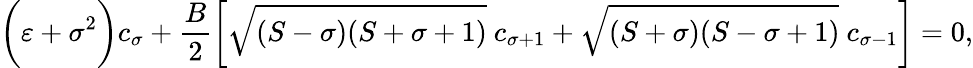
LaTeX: \biggl(\varepsilon+\sigma^{2}\biggr)c_{\sigma}+\frac{B}{2}\biggl[\sqrt{(S-\sigma)(S+\sigma+1)}~c_{\sigma+1}+\sqrt{(S+\sigma)(S-\sigma+1)}~c_{\sigma-1}\biggr]=0,